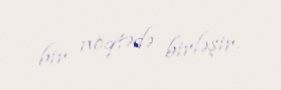
bir nöqtədə birləşir.